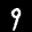
Label: 9